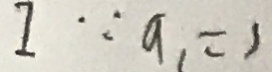
I \because a _ { 1 } = 1